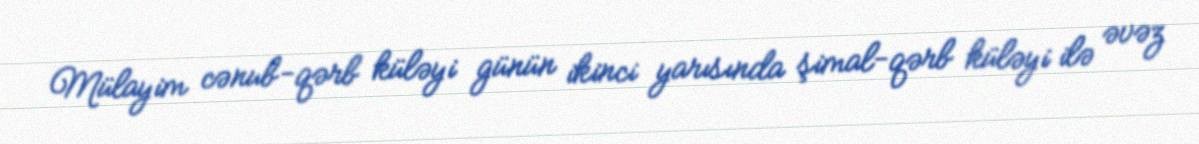
Mülayim cənub-qərb küləyi günün ikinci yarısında şimal-qərb küləyi ilə əvəz